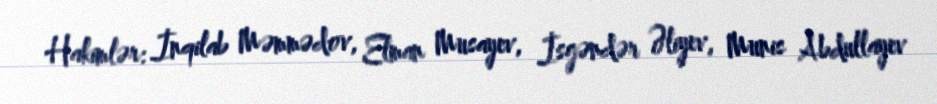
Hakimlər: İnqilab Məmmədov, Elman Musayev, İsgəndər Əliyev, Munis Abdullayev